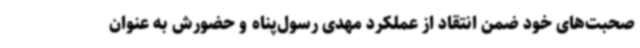
صحبت‌های خود ضمن انتقاد از عملکرد مهدی رسول‌پناه و حضورش به عنوان